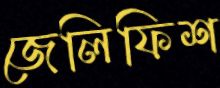
জেলিফিশ